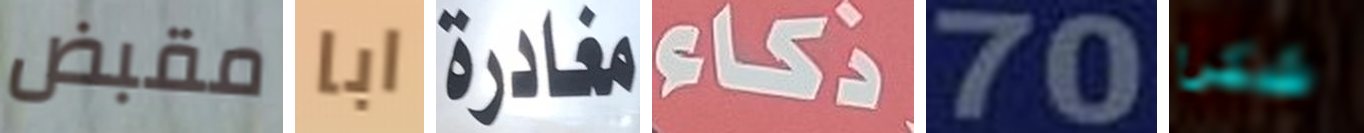
مقبض ابا مغادرة ذكاء 70 شكرا